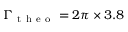
\Gamma _ { \mathrm { ~ t ~ h ~ e ~ o ~ } } = 2 \pi \times 3 . 8